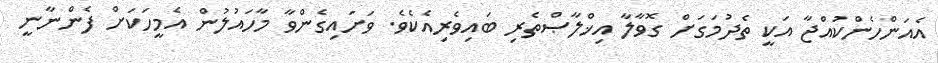
އެއަންހެންކުއްޖާ އަކީ ތެދުމަގަށް ގޮވާލާ އިޚްލާޞްތެރި ބައިވެރިއެކެވެ. ވަށައިގެންވާ މާހައުލުން އެމީހަކަށް ފެންނާނީ